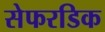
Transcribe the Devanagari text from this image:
सेफरडिक